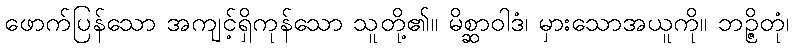
ဖောက်ပြန်သော အကျင့်ရှိကုန်သော သူတို့၏။ မိစ္ဆာဝါဒံ၊ မှားသောအယူကို။ ဘဉ္ဇိတုံ၊